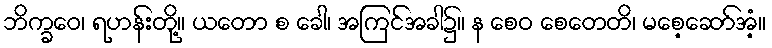
ဘိက္ခဝေ၊ ရဟန်းတို့။ ယတော စ ခေါ၊ အကြင်အခါ၌။ န စေဝ စေတေတိ၊ မစေ့ဆော်အံ့။